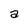
Character: a